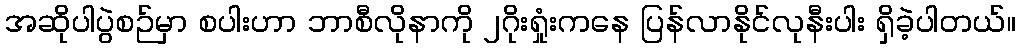
အဆိုပါပွဲစဉ်မှာ စပါးဟာ ဘာစီလိုနာကို ၂ဂိုးရှုံးကနေ ပြန်လာနိုင်လုနီးပါး ရှိခဲ့ပါတယ်။